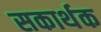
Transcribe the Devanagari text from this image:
सकार्थक